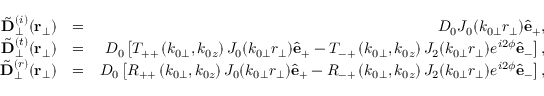
\begin{array} { r l r } { { \tilde { \bf D } } _ { \perp } ^ { ( i ) } ( { \bf r } _ { \perp } ) } & { = } & { D _ { 0 } J _ { 0 } ( k _ { 0 \perp } r _ { \perp } ) \hat { \bf e } _ { + } , } \\ { { \tilde { \bf D } } _ { \perp } ^ { ( t ) } ( { \bf r } _ { \perp } ) } & { = } & { D _ { 0 } \left[ T _ { + + } \left( k _ { 0 \perp } , k _ { 0 z } \right) J _ { 0 } ( k _ { 0 \perp } r _ { \perp } ) \hat { \bf e } _ { + } - T _ { - + } \left( k _ { 0 \perp } , k _ { 0 z } \right) J _ { 2 } ( k _ { 0 \perp } r _ { \perp } ) e ^ { i 2 \phi } \hat { \bf e } _ { - } \right] , } \\ { { \tilde { \bf D } } _ { \perp } ^ { ( r ) } ( { \bf r } _ { \perp } ) } & { = } & { D _ { 0 } \left[ R _ { + + } \left( k _ { 0 \perp } , k _ { 0 z } \right) J _ { 0 } ( k _ { 0 \perp } r _ { \perp } ) \hat { \bf e } _ { + } - R _ { - + } \left( k _ { 0 \perp } , k _ { 0 z } \right) J _ { 2 } ( k _ { 0 \perp } r _ { \perp } ) e ^ { i 2 \phi } \hat { \bf e } _ { - } \right] , } \end{array}